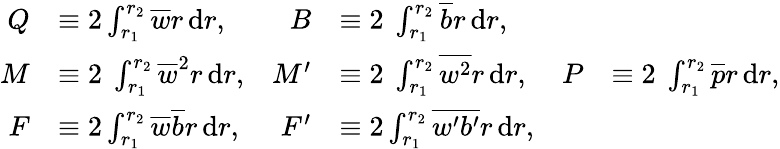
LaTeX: \begin{array}{rlrlrl}{Q}&{\equiv 2\int_{r_{1}}^{r_{2}}\overline{{w}}r\, \textnormal{d}r,}&{B}&{\equiv 2\ \int_{r_{1}}^{r_{2}}\overline{{b}}r\, \textnormal{d}r,}&&{}\\ {M}&{\equiv 2\ \int_{r_{1}}^{r_{2}}\overline{{w}}^{2}r\, \textnormal{d}r,}&{M^{\prime}}&{\equiv 2\ \int_{r_{1}}^{r_{2}}\overline{{w^{2}}}r\, \textnormal{d}r,}&{P}&{\equiv 2\ \int_{r_{1}}^{r_{2}}\overline{{p}}r\, \textnormal{d}r,}\\ {F}&{\equiv 2\int_{r_{1}}^{r_{2}}\overline{{w}}\overline{{b}}r\, \textnormal{d}r,}&{F^{\prime}}&{\equiv 2\int_{r_{1}}^{r_{2}}\overline{{w^{\prime}b^{\prime}}}r\, \textnormal{d}r,}&&{}\end{array}